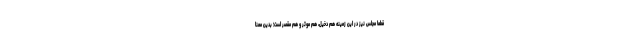
قطعاً مجلس نیز در این زمینه هم دخیل، هم موثر و هم مقصر است؛ بدین معنا